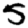
Digit: 5